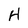
Character: H